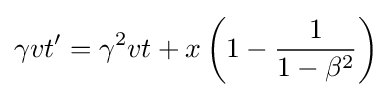
\gamma vt'=\gamma ^{2}vt+x\left(1-{\frac {1}{1-\beta ^{2}}}\right)